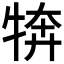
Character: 𭷦